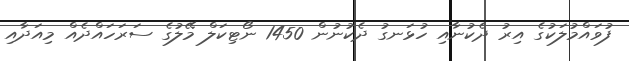
ފުވައްމުލަކުގެ އިރު ދެކުނާއި ހުޅަނގު ދެކުނުން 1450 ނޯޓިކަލް މޭލުގެ ސަރަހައްދެއް މިއަދާއި